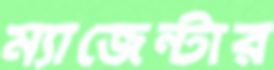
ম্যাজেন্টার